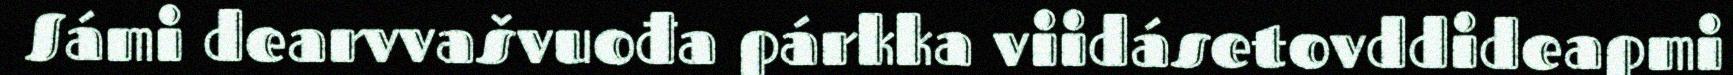
Sámi dearvvašvuođa párkka viidásetovddideapmi